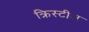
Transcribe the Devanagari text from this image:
क्रिस्टीज